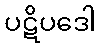
ပဋိပဒေါ